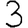
Digit: 3